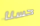
حسنا